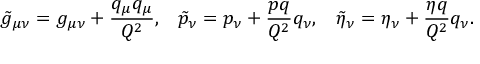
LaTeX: \tilde { g } _ { \mu \nu } = g _ { \mu \nu } + \frac { q _ { \mu } q _ { \mu } } { Q ^ { 2 } } , \; \; \; \tilde { p } _ { \nu } = p _ { \nu } + \frac { p q } { Q ^ { 2 } } q _ { \nu } , \; \; \; \tilde { \eta } _ { \nu } = \eta _ { \nu } + \frac { \eta q } { Q ^ { 2 } } q _ { \nu } .